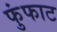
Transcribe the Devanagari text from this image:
फुंफाट